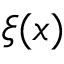
\xi ( x )